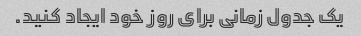
یک جدول زمانی برای روز خود ایجاد کنید.